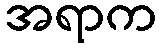
အရာက